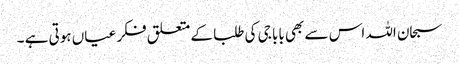
سبحان اللہ اس سے بھی بابا جی کی طلبا کے متعلق فکر عیاں ہوتی ہے ۔